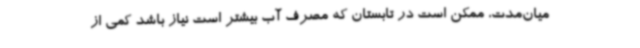
میان‌مدت، ممکن است در تابستان که مصرف آب بیشتر است نیاز باشد کمی از